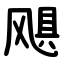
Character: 飓